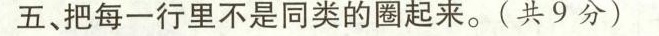
五、把每一行里不是同类的圈起来。 （共 9 分）